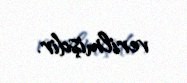
verilmişdir.